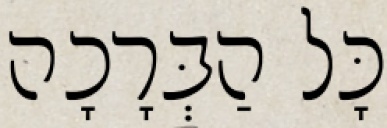
כָּל הַבְּרָכָה